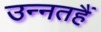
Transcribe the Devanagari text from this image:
उन्नतहैं